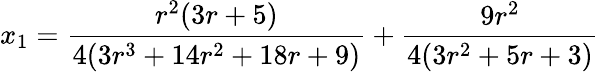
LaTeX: x_{1}=\frac{r^{2}(3r+5)}{4(3r^{3}+14r^{2}+18r+9)}+\frac{9r^{2}}{4(3r^{2}+5r+3)}